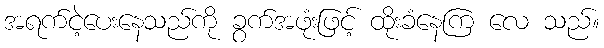
အရက်ငဲ့ပေးနေသည်ကို ခွက်အဖုံးဖြင့် ထိုးခံနေကြ လေ သည်။